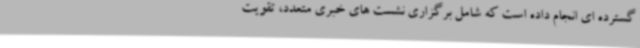
گسترده ای انجام داده است که شامل برگزاری نشست های خبری متعدد، تقویت